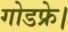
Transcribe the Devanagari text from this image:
गोडफ्रे।